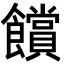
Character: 𮩗